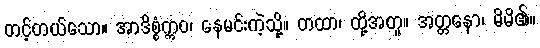
တင့်တယ်သော။ အာဒိစ္စံဣဝ၊ နေမင်းကဲ့သို့။ တထာ၊ ထို့အတူ။ အတ္တနော၊ မိမိ၏။